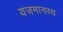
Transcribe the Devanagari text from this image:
यजमानस्य